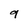
Character: 9